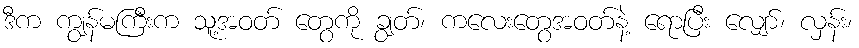
ဒီက ကျွန်မကြီးက သူ့အဝတ် တွေကို ချွတ်၊ ကလေးတွေအဝတ်နဲ့ ရောပြီး လျှော်၊ လှန်း၊